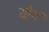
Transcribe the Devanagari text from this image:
योगं